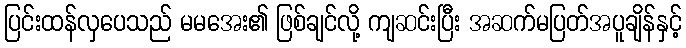
ပြင်းထန်လှပေသည် မမအေး၏ ဖြစ်ချင်လို့ ကျဆင်းပြီး အဆက်မပြတ်အပူချိန်နှင့်